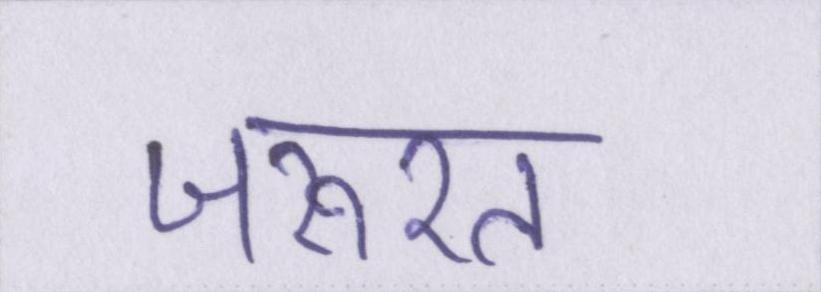
जरूरत